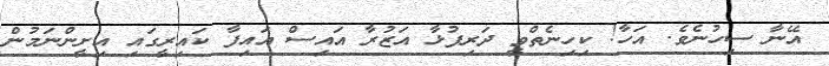
އޭނާ ސިހުނެވެ. އަހާ! ކިހިނެތްވީ ދަރިފުޅާ އަޒުރާ އައިސް އައިފާ ކައިރީގައި އިށީންނަމުން